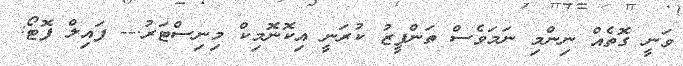
ވަނީ ގޮތެއް ނިންމި ނަމަވެސް ތަންފީޒު ކުރަނީ އިކޮނޮމިކް މިނިސްޓަރު.-- ފައިލް ފޮޓޯ: